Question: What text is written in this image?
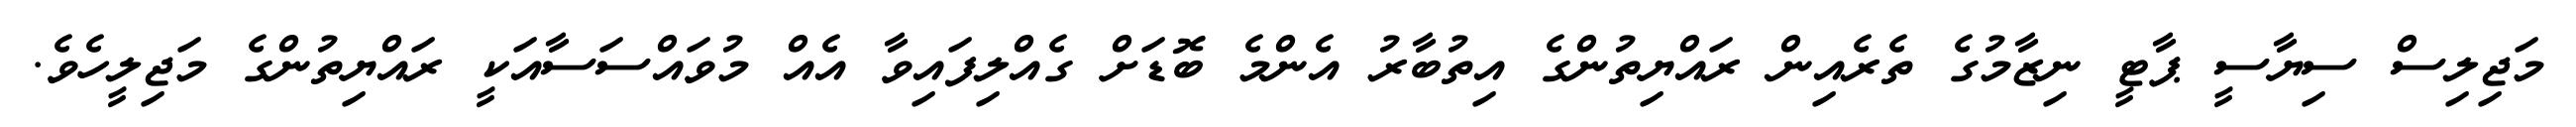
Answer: މަޖިލިސް ސިޔާސީ ޕާޓީ ނިޒާމުގެ ތެރެއިން ރައްޔިތުންގެ އިތުބާރު އެންމެ ބޮޑަށް ގެއްލިފައިވާ އެއް މުވައްސަސާއަކީ ރައްޔިތުންގެ މަޖިލީހެވެ.